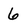
Character: 6